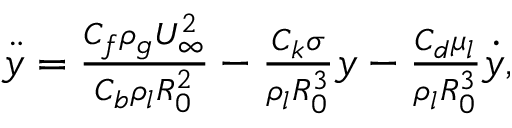
\begin{array} { r } { \ddot { y } = \frac { C _ { f } \rho _ { g } U _ { \infty } ^ { 2 } } { C _ { b } \rho _ { l } R _ { 0 } ^ { 2 } } - \frac { C _ { k } \sigma } { \rho _ { l } R _ { 0 } ^ { 3 } } y - \frac { C _ { d } \mu _ { l } } { \rho _ { l } R _ { 0 } ^ { 3 } } \dot { y } , } \end{array}